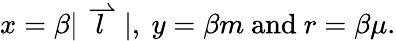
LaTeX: x=\beta|\stackrel{\rightharpoonup}{l}|,\ y=\beta m\ \mathrm{and}\ r=\beta\mu.